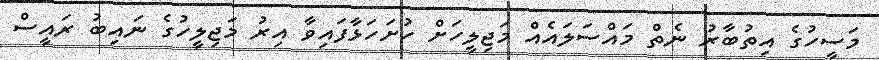
މަސީހުގެ އިތުބާރު ނެތް މައްސަލައެއް މަޖިލީހަށް ހުށަހަޅާފައިވާ އިރު މަޖިލީހުގެ ނައިބު ރައީސް